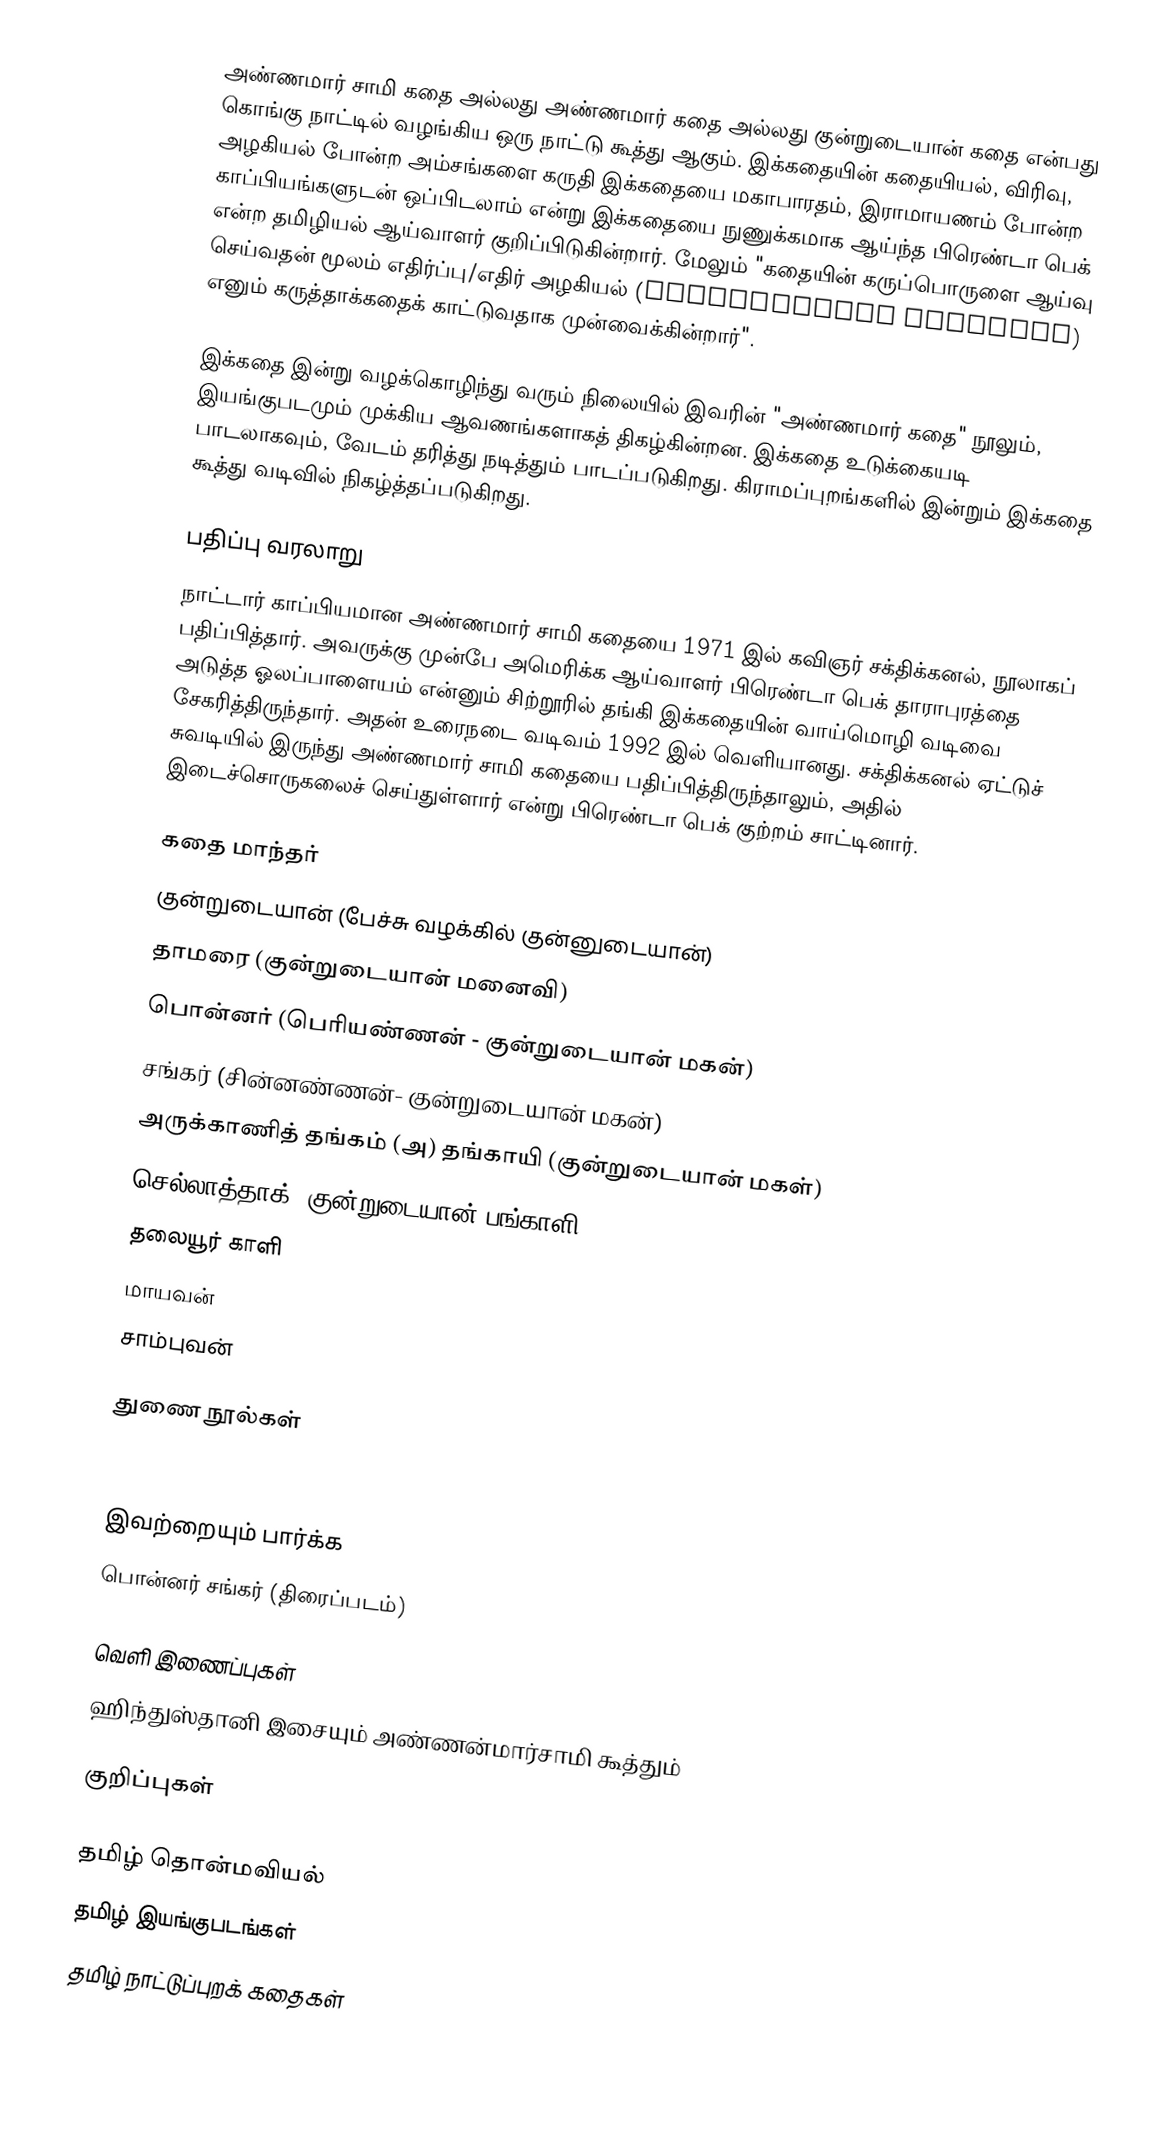
அண்ணமார் சாமி கதை அல்லது அண்ணமார் கதை அல்லது குன்றுடையான் கதை என்பது கொங்கு நாட்டில் வழங்கிய ஒரு நாட்டு கூத்து ஆகும்.  இக்கதையின் கதையியல், விரிவு, அழகியல் போன்ற அம்சங்களை கருதி இக்கதையை மகாபாரதம், இராமாயணம் போன்ற காப்பியங்களுடன் ஒப்பிடலாம் என்று இக்கதையை நுணுக்கமாக ஆய்ந்த பிரெண்டா பெக் என்ற தமிழியல் ஆய்வாளர் குறிப்பிடுகின்றார்.  மேலும் "கதையின் கருப்பொருளை ஆய்வு செய்வதன் மூலம் எதிர்ப்பு/எதிர் அழகியல் (oppositional asthetic) எனும் கருத்தாக்கதைக் காட்டுவதாக முன்வைக்கின்றார்".

இக்கதை இன்று வழக்கொழிந்து வரும் நிலையில் இவரின் "அண்ணமார் கதை" நூலும், இயங்குபடமும் முக்கிய ஆவணங்களாகத் திகழ்கின்றன.  இக்கதை உடுக்கையடி பாடலாகவும், வேடம் தரித்து நடித்தும் பாடப்படுகிறது. கிராமப்புறங்களில் இன்றும் இக்கதை கூத்து வடிவில் நிகழ்த்தப்படுகிறது.

பதிப்பு வரலாறு
நாட்டார் காப்பியமான அண்ணமார் சாமி கதையை 1971 இல் கவிஞர் சக்திக்கனல், நூலாகப் பதிப்பித்தார். அவருக்கு முன்பே அமெரிக்க ஆய்வாளர் பிரெண்டா பெக்  தாராபுரத்தை அடுத்த ஓலப்பாளையம் என்னும் சிற்றூரில் தங்கி இக்கதையின் வாய்மொழி வடிவை சேகரித்திருந்தார். அதன் உரைநடை வடிவம்  1992 இல் வெளியானது. சக்திக்கனல் ஏட்டுச் சுவடியில் இருந்து அண்ணமார் சாமி கதையை பதிப்பித்திருந்தாலும், அதில் இடைச்சொருகலைச் செய்துள்ளார் என்று பிரெண்டா பெக் குற்றம் சாட்டினார்.

கதை மாந்தர்
குன்றுடையான் (பேச்சு வழக்கில் குன்னுடையான்)
தாமரை (குன்றுடையான் மனைவி)
பொன்னர் (பெரியண்ணன் - குன்றுடையான் மகன்)
சங்கர் (சின்னண்ணன்- குன்றுடையான் மகன்)
அருக்காணித் தங்கம் (அ) தங்காயி (குன்றுடையான் மகள்)
செல்லாத்தாக் (குன்றுடையான் பங்காளி)
தலையூர் காளி
மாயவன்
சாம்புவன்

துணை நூல்கள்
 Brenda E. Beck. 1982. The three twins: The telling of a South Indian folk epic. Bloomington, IN: Indiana University Press. ISBN: 0253360145.

இவற்றையும் பார்க்க
 பொன்னர் சங்கர் (திரைப்படம்)

வெளி இணைப்புகள்
 ஹிந்துஸ்தானி இசையும் அண்ணன்மார்சாமி கூத்தும்

குறிப்புகள்

தமிழ் தொன்மவியல்
தமிழ் இயங்குபடங்கள்
தமிழ் நாட்டுப்புறக் கதைகள்